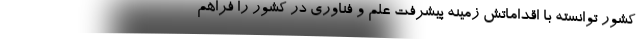
کشور توانسته با اقداماتش زمینه پیشرفت علم و فناوری در کشور را فراهم